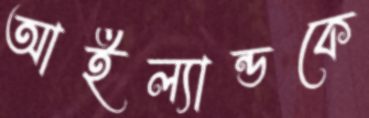
আইল্যান্ডকে